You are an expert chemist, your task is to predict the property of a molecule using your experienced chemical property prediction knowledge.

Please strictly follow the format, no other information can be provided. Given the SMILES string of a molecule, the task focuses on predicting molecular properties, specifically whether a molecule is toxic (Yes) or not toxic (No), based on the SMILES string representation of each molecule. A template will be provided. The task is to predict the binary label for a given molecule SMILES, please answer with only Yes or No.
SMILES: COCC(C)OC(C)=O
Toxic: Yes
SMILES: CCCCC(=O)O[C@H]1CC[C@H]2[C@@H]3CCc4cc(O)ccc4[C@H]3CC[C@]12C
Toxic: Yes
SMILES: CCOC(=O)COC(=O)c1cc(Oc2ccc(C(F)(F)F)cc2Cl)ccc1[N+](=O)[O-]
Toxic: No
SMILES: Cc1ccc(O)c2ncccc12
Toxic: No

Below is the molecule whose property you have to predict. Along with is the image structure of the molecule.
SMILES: Brc1c(NC2=NCCN2)ccc2nccnc12
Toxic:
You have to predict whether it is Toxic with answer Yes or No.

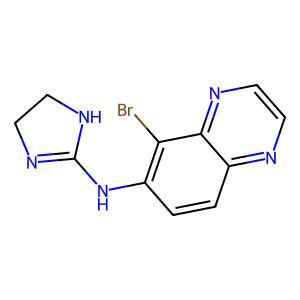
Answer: No